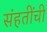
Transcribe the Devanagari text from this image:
संहतींची